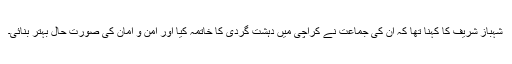
شہباز شریف کا کہنا تھا کہ ان کی جماعت نے کراچی میں دہشت گردی کا خاتمہ کیا اور امن و امان کی صورتِ حال بہتر بنائی۔